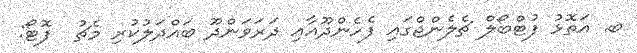
ބ. އަތޮޅު ފުޓްބޯލް ޗެލެންޖްގައި ފެހެންދޫއާއި ދަރަވަންދޫ ބައްދަލުކުރި މެޗު  ފޮޓޯ: